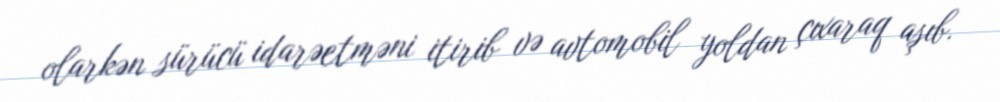
olarkən sürücü idarəetməni itirib və avtomobil yoldan çıxaraq aşıb.